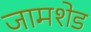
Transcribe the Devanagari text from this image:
जामशेड